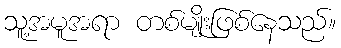
သူ့အမူအရာ တစ်မျိုးဖြစ်နေသည်။